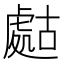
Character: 𧇡